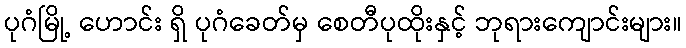
ပုဂံမြို့ ဟောင်း ရှိ ပုဂံခေတ်မှ စေတီပုထိုးနှင့် ဘုရားကျောင်းများ။